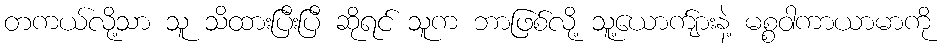
တကယ်လို့သာ သူ သိထားပြီးပြီ ဆိုရင် သူက ဘာဖြစ်လို့ သူ့ယောက်ျားနဲ့ မစ္စဝါကာယာမာကို